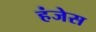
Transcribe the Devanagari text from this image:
हंजेस